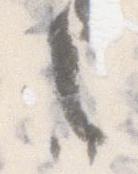
々